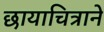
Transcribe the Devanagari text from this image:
छायाचित्राने